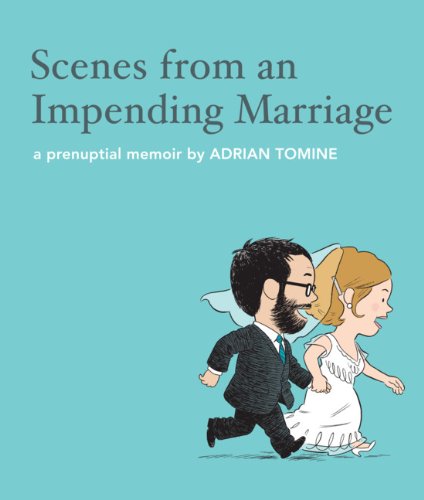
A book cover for Scenes from an Impending Marriage; Adrian Tomine; Comics & Graphic Novels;